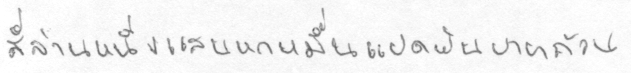
สี่ล้านหนึ่งแสนหกหมื่นแปดพันบาทถ้วน